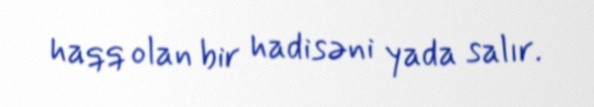
haqq olan bir hadisəni yada salır.